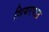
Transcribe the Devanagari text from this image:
शियरपाउ